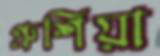
প্রুশিয়া